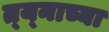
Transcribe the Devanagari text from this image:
त्य्नाच्या